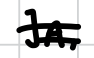
Text: JA,
Cross-out: double-line
Writing tool: digital_black